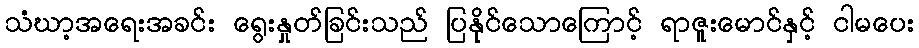
သံဃာ့အရေးအခင်း ရွေးနှုတ်ခြင်းသည် ပြနိုင်သောကြောင့် ရာဇူးမောင်နှင့် ငါမပေး